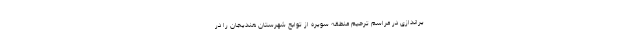
یراندازی در مراسم ترحیم منطقه سویره از توابع شهرستان هندیجان را در